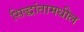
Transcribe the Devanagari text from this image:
सिद्धांतामधील